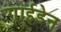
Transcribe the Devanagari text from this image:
गाईडेन